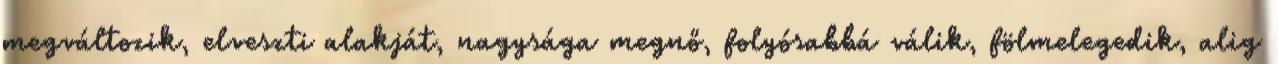
megváltozik, elveszti alakját, nagysága megnő, folyósabbá válik, fölmelegedik, alig